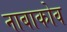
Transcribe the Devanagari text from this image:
नाबाकोव